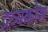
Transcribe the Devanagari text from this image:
द्रव्यकोश